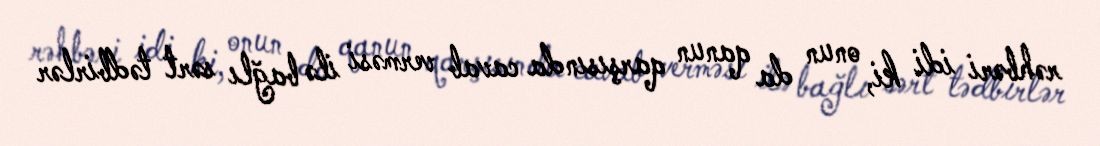
rəhbəri idi ki, onun da qanun qarşısında cavab verməsi ilə bağlı sərt tədbirlər